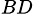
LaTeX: _{BD}